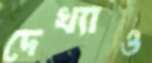
দেখ্যাও